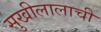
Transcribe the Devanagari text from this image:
सुखीलालाची